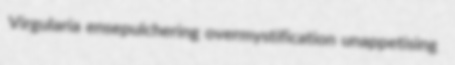
Virgularia ensepulchering overmystification unappetising